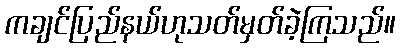
ကချင်ပြည်နယ်ဟုသတ်မှတ်ခဲ့ကြသည်။